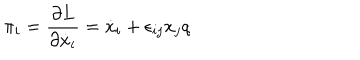
\pi _ { i } = \frac { \partial L } { \partial \dot { x } _ { i } } = \dot { x } _ { i } + \epsilon _ { i j } x _ { j } q